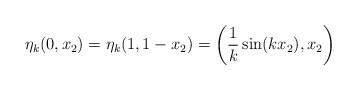
\begin{align*}\eta_k(0,x_2) = \eta_k(1,1-x_2) = \left(\frac{1}{k}\sin(kx_2),x_2\right)\end{align*}